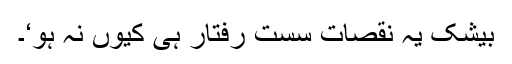
بیشک یہ نقصات سست رفتار ہی کیوں نہ ہو‘۔